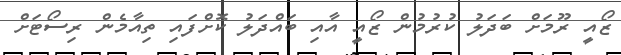
ޒޯއީ ރޫމަށް ބަދަލު ކުރުމުން ޒޯއީ އާއި ބައްދަލު ކޮށްފައި ތިއާމެން ރިސޯޓަށް